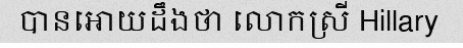
បានអោយដឹងថា លោកស្រី Hillary